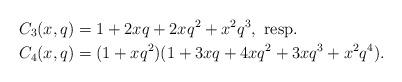
LaTeX: \begin{align*} C_3(x,q)&=1+2xq+2xq^2+x^2q^3, \textup{ resp.\ } \\ C_4(x,q)&=(1+xq^2)(1+3xq+4xq^2 +3xq^3+x^2q^4). \end{align*}